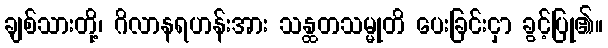
ချစ်သားတို့၊ ဂိလာနရဟန်းအား သန္ထတသမ္မုတိ ပေးခြင်းငှာ ခွင့်ပြု၏။